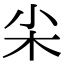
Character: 𡭢